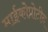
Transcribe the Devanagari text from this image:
माईकोप्रोटीन